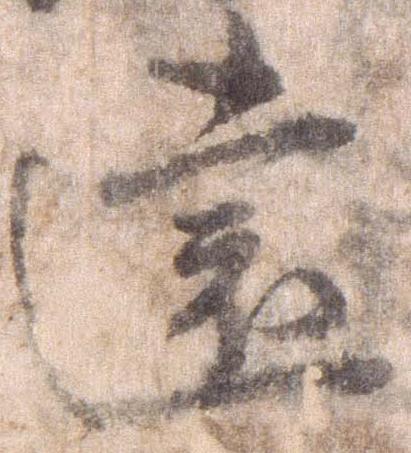
遠